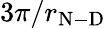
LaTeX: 3\pi/r_{\mathrm{N-D}}